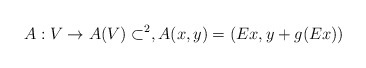
\begin{align*}A:V\to A(V)\subset\real^{2}, A(x,y)=(Ex,y+g(Ex))\end{align*}